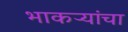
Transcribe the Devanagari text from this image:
भाकऱ्यांचा